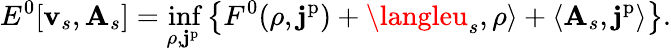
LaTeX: E^{0}[\mathbf{v}_{s},\mathbf{{A}}_{s}]=\operatorname*{inf}_{\rho,\mathbf{{j}}^{\mathrm{{p}}}}\big\{ F^{0}(\rho,\mathbf{{j}}^{\mathrm{{p}}})+\langleu_{s},\rho\rangle+\langle\mathbf{{A}}_{s},\mathbf{{j}}^{\mathrm{{p}}}\rangle\big\} .